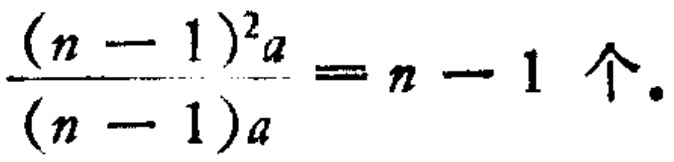
$\frac{(n - 1)^2a}{(n - 1)a}=n - 1\text{ 个.}$